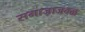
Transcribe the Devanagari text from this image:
समाजाजवळ